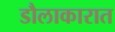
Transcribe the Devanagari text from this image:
डौलाकारात